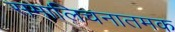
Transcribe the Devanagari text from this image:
समालिचनातमक